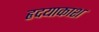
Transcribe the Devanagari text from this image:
हृदयाकाश